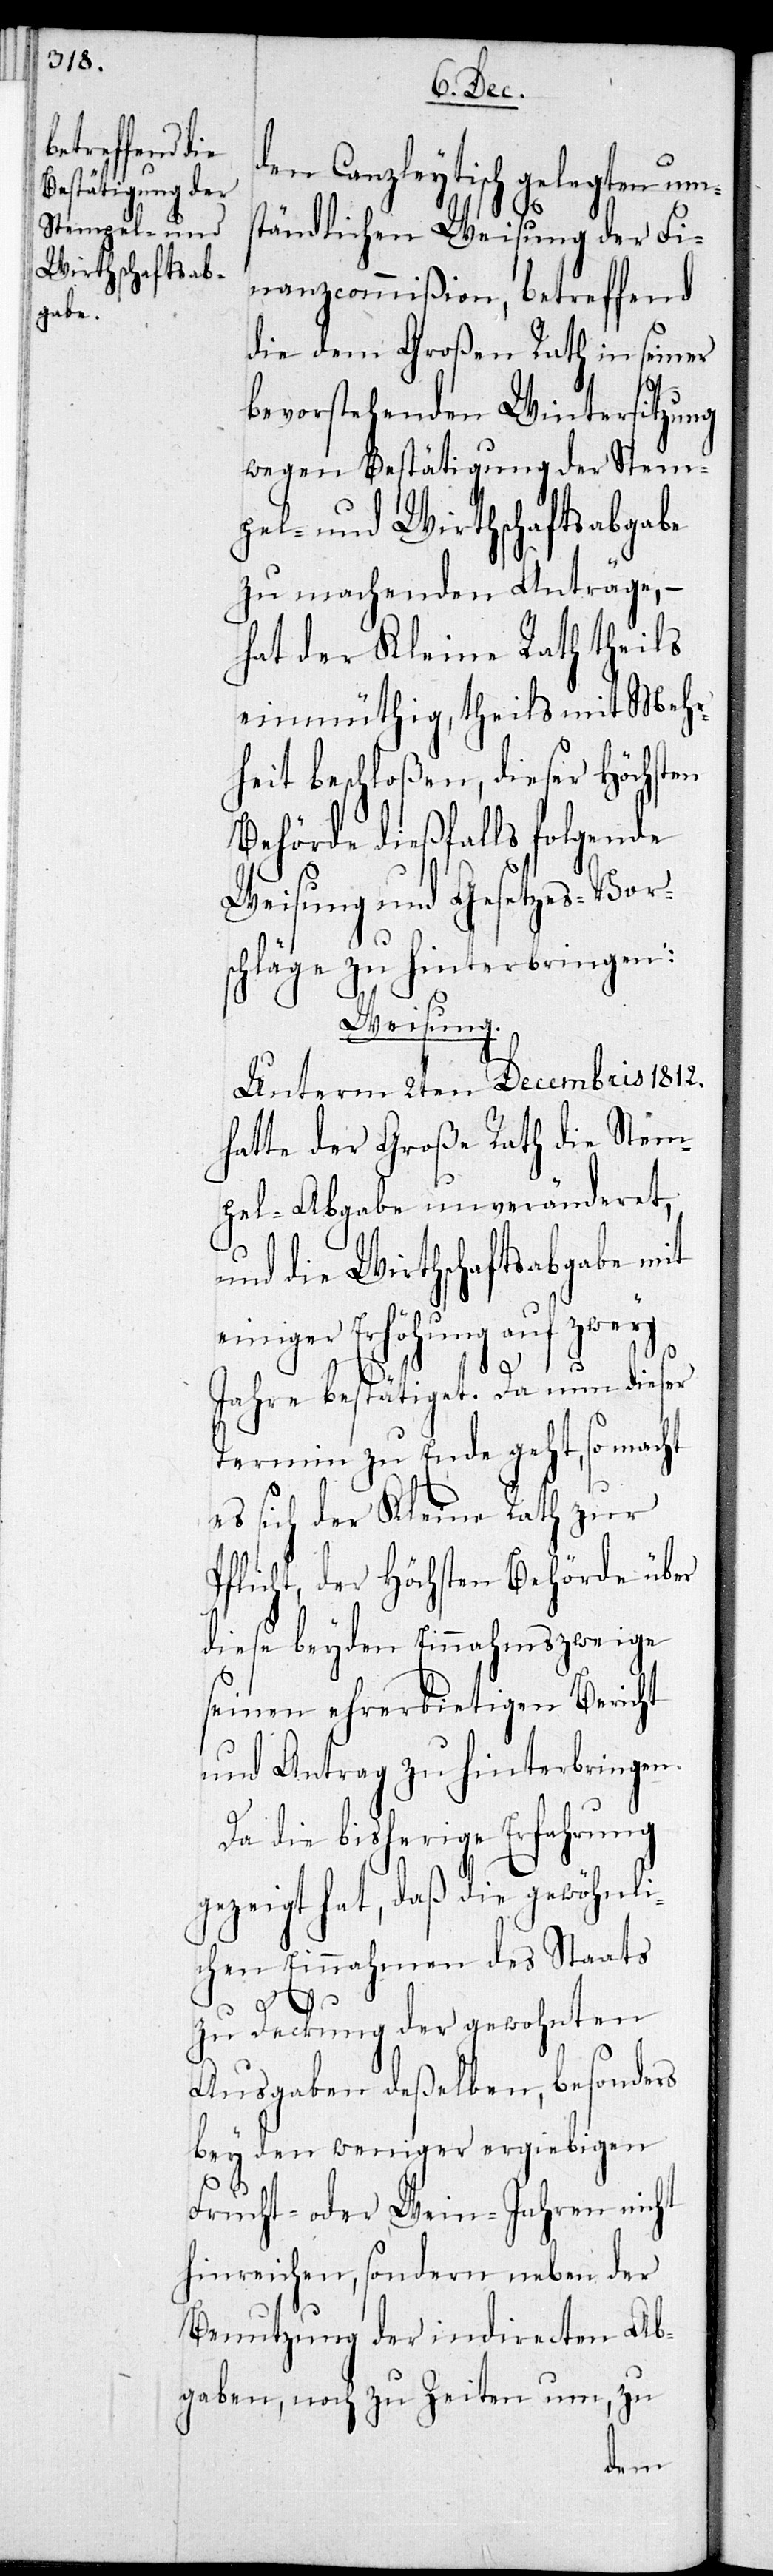
den Canzleytisch gelegten um¬
ständlichen Weisung der Fi¬
nanzcommißion, betreffend
die dem Großen Rath in seiner
bevorstehenden Wintersitzung
wegen Bestätigung der Stem¬
pel- und Wirthschaftsabgabe
zu machenden Anträge, –
hat der Kleine Rath theils
einmüthig, theils mit Mehr¬
heit beschloßen, dieser höchsten
Behörde dießfalls folgende
Weisung und Gesetzes-Vors¬
chläge zu hinterbringen:
Weisung.
Unterm 2ten Decembris 1812.
hatte der Große Rath die Stem¬
pel-Abgabe unveränderet,
und die Wirthschaftsabgabe mit
einiger Erhöhung auf zwey
Jahre bestätiget. Da nun dieser
Termin zu Ende geht, so macht
es sich der Kleine Rath zur
Pflicht, der höchsten Behörde über
diese beyden Einnahmszweige
seinen ehrerbietigen Bericht
und Antrag zu hinterbringen.
Da die bisherige Erfahrung
gezeigt hat, daß die gewöhnli¬
chen Einnahmen des Staats
zu Deckung der gewohnten
Ausgaben deßelben, besonders
bey den weniger ergiebigen
Frucht- oder Wein-Jahren nicht
hinreichen, sondern neben der
Benutzung der indirecten Ab¬
gaben, noch zu Zeiten um, zu